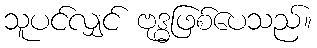
သူပင်လျှင် ဗုဒ္ဓဖြစ်ပေသည်။